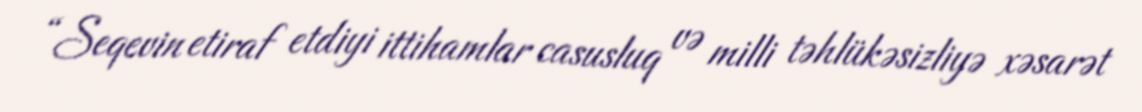
“Seqevin etiraf etdiyi ittihamlar casusluq və milli təhlükəsizliyə xəsarət